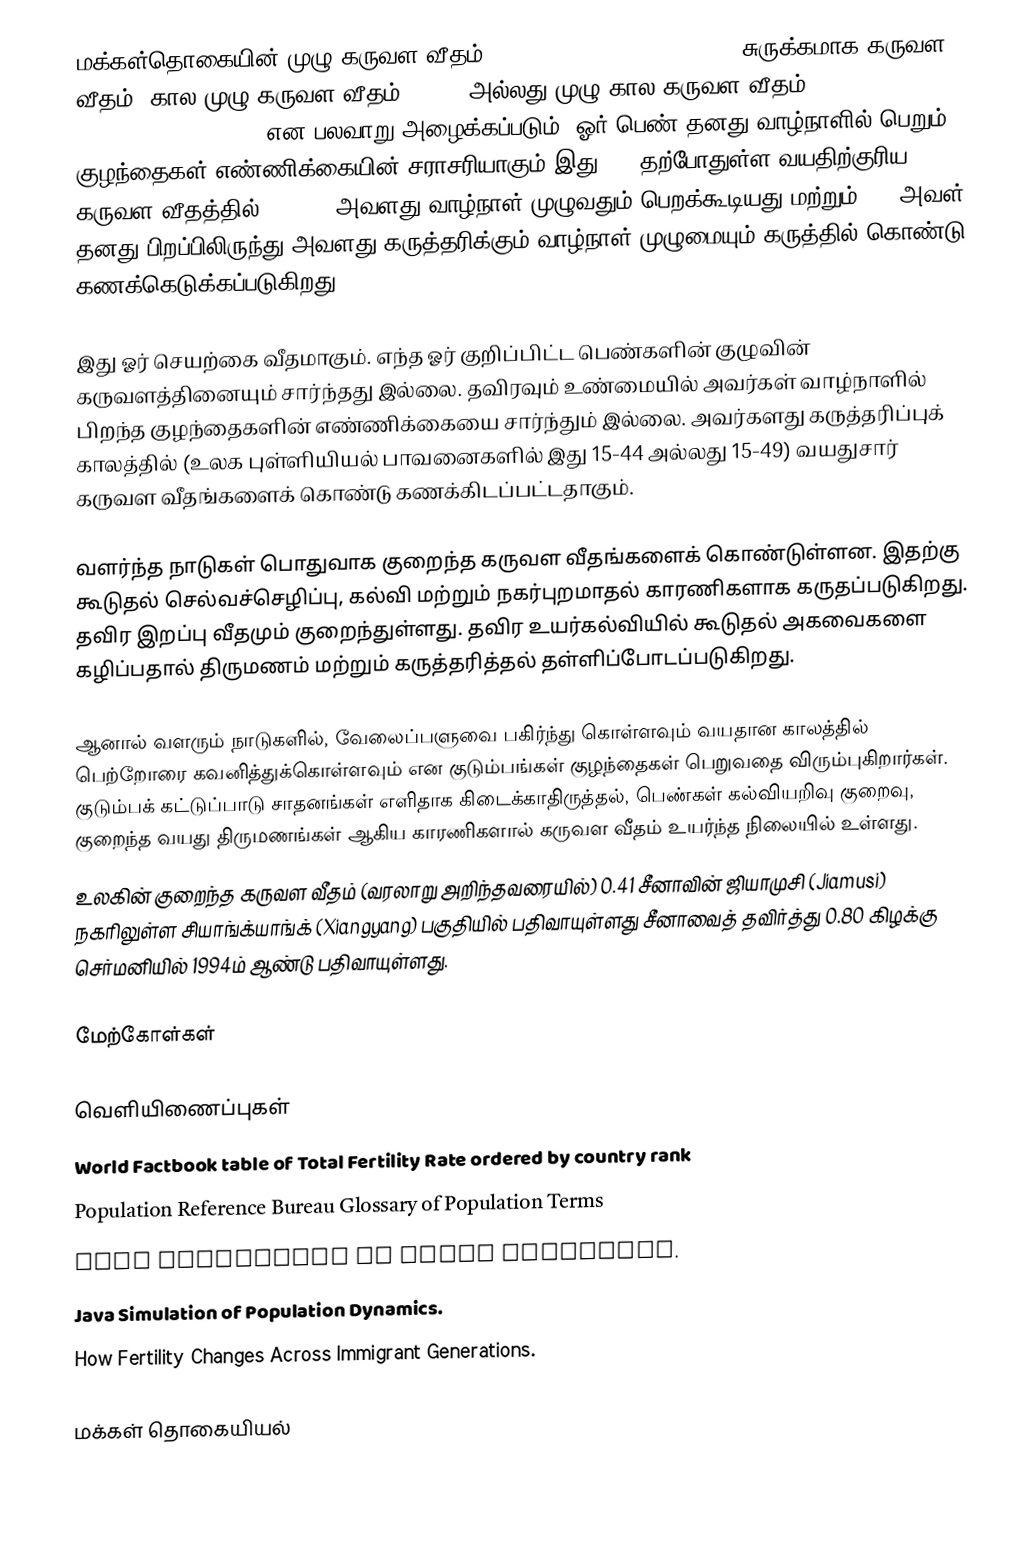
மக்கள்தொகையின் முழு கருவள வீதம்  (total fertility rate, TFR), சுருக்கமாக கருவள வீதம், கால முழு கருவள வீதம் (PTFR) அல்லது முழு கால கருவள வீதம் (period total fertility rate, TPFR) என பலவாறு அழைக்கப்படும்)  ஓர் பெண் தனது வாழ்நாளில் பெறும் குழந்தைகள் எண்ணிக்கையின் சராசரியாகும்.இது (1) தற்போதுள்ள வயதிற்குரிய கருவள வீதத்தில் (ASFRs) அவளது வாழ்நாள் முழுவதும் பெறக்கூடியது மற்றும் (2) அவள் தனது பிறப்பிலிருந்து அவளது கருத்தரிக்கும் வாழ்நாள் முழுமையும் கருத்தில் கொண்டு கணக்கெடுக்கப்படுகிறது..

இது ஓர் செயற்கை வீதமாகும். எந்த ஓர் குறிப்பிட்ட பெண்களின் குழுவின் கருவளத்தினையும் சார்ந்தது இல்லை. தவிரவும் உண்மையில் அவர்கள் வாழ்நாளில் பிறந்த குழந்தைகளின் எண்ணிக்கையை சார்ந்தும் இல்லை. அவர்களது கருத்தரிப்புக் காலத்தில் (உலக புள்ளியியல் பாவனைகளில் இது 15-44 அல்லது 15-49) வயதுசார் கருவள வீதங்களைக் கொண்டு கணக்கிடப்பட்டதாகும்.

வளர்ந்த நாடுகள் பொதுவாக குறைந்த கருவள வீதங்களைக் கொண்டுள்ளன. இதற்கு கூடுதல் செல்வச்செழிப்பு, கல்வி மற்றும் நகர்புறமாதல் காரணிகளாக கருதப்படுகிறது. தவிர இறப்பு வீதமும் குறைந்துள்ளது. தவிர உயர்கல்வியில் கூடுதல் அகவைகளை கழிப்பதால் திருமணம் மற்றும் கருத்தரித்தல் தள்ளிப்போடப்படுகிறது.

ஆனால் வளரும் நாடுகளில், வேலைப்பளுவை பகிர்ந்து கொள்ளவும் வயதான காலத்தில் பெற்றோரை கவனித்துக்கொள்ளவும் என குடும்பங்கள் குழந்தைகள் பெறுவதை விரும்புகிறார்கள். குடும்பக் கட்டுப்பாடு சாதனங்கள் எளிதாக கிடைக்காதிருத்தல், பெண்கள் கல்வியறிவு குறைவு, குறைந்த வயது திருமணங்கள்  ஆகிய காரணிகளால்  கருவள வீதம் உயர்ந்த நிலையில் உள்ளது.
உலகின் குறைந்த கருவள வீதம் (வரலாறு அறிந்தவரையில்) 0.41 சீனாவின் ஜியாமுசி (Jiamusi) நகரிலுள்ள சியாங்க்யாங்க் (Xiangyang) பகுதியில் பதிவாயுள்ளது சீனாவைத் தவிர்த்து 0.80 கிழக்கு செர்மனியில் 1994ம் ஆண்டு பதிவாயுள்ளது.

மேற்கோள்கள்

வெளியிணைப்புகள்
 World Factbook table of Total Fertility Rate ordered by country rank
 Population Reference Bureau Glossary of Population Terms
 Java Simulation of Total Fertility.
  Java Simulation of Population Dynamics.
 How Fertility Changes Across Immigrant Generations.

மக்கள் தொகையியல்